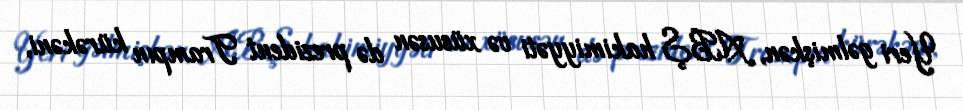
Yeri gəlmişkən, ABŞ hakimiyyəti və xüsusən də prezident Trampın kürəkəni,